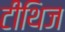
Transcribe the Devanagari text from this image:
टीथिज